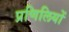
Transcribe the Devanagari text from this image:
प्रणिलियों